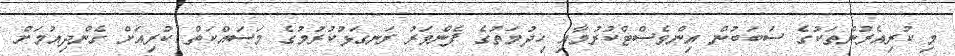
މި ކުރިއެރުންތަކުގެ ސަބަބުން އިންވެސްޓްކުރުމާއި ޚިދުމަތުގެ ފެންވަރު ރަނގަޅުކުރުމުގެ މަސައްކަތް ކުރިއަށް ގެންދިއުމަށް